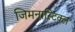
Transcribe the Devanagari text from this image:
जिमनास्टिक्ल